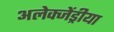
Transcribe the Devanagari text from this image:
अलेक्जेंड्रीया